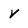
Character: v